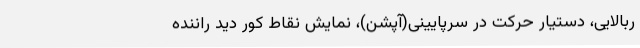
ربالایی، دستیار حرکت در سرپایینی(آپشن)، نمایش نقاط کور دید راننده